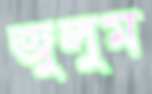
জুলুম